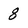
Character: 8